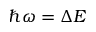
\hbar \omega = \Delta E